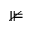
\nVDash